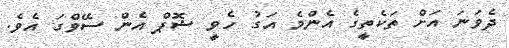
ދެވަނަ އަށް ތަކެތީގެ އެންމެ އަގު ހެވީ ޝޮޕް އެން ސޭވްގަ އެވެ.